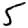
Digit: 5